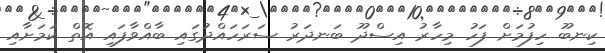
ކިނބޫ ހިފުމަށް ފަހު މިހާރު އިސްދޫ ބަނދަރު ސަރަހައްދުގައި ބާއްވާފައި އޮތް ކަމަށާއި